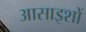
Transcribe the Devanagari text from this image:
आसाइशों